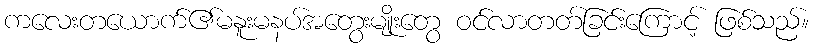
ကလေးတယောက်၏မနူးမနပ်အတွေးမျိုးတွေ ဝင်လာတတ်ခြင်းကြောင့် ဖြစ်သည်။